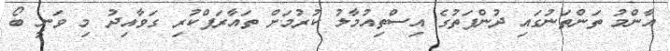
އާންމު ތަންތަނުގައި ދުންފަތުގެ އިސްތިއުމާލު ކުރުމަށް ތައާރަފްކުރި ގަވާއިދު މި ވަނީ ބޯ